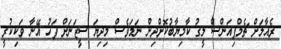
ރެއާލަށް ޗެމްޕިއަންސް ލީގު ކާމިޔާބުކޮށްދިން ނަމަވެސް މިދިޔަ ސީޒަނަށް ފަހު އޭނާ ވަކިކުރީ